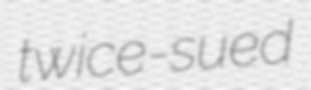
twice-sued